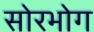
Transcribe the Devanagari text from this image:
सोरभोग